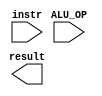
`timescale 1ns / 1ps
//////////////////////////////////////////////////////////////////////////////////
// Company: 
// 
// Create Date: 
// Design Name: 
// Module Name: ex_ALU_cntrl
// Project Name: 
// Target Devices: 
// Tool Versions: 
// Description: 
// 
// Dependencies: 
// 
// Revision:
// Revision 0.01 - File Created
// Additional Comments:
// 
//////////////////////////////////////////////////////////////////////////////////


module ex_ALU_cntrl(
    input ALU_OP,
    input instr,
    output result
    );
    
endmodule